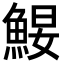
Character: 𩷑